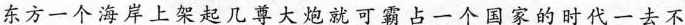
东方一个海岸上架起几尊大炮就可霸占一个国家的时代一去不复